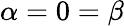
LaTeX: \alpha=0=\beta